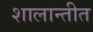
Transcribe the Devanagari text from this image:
शालान्तीत